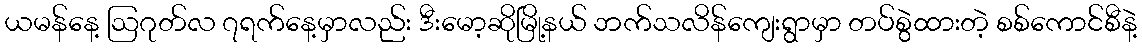
ယမန်နေ့ ဩဂုတ်လ ၇ရက်နေ့မှာလည်း ဒီးမော့ဆိုမြို့နယ် ဘက်သလိန်ကျေးရွာမှာ တပ်စွဲထားတဲ့ စစ်ကောင်စီနဲ့